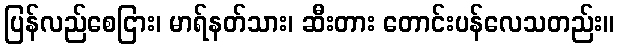
ပြန်လည်စေငြား၊ မာရ်နတ်သား၊ ဆီးတား တောင်းပန်လေသတည်း။